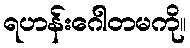
ရဟန်းဂေါတမကို။